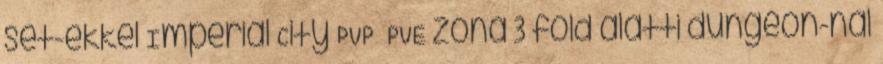
set-ekkel Imperial City PVP PVE zóna 3 föld alatti dungeon-nal